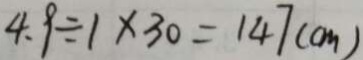
4 . 9 \div 1 \times 3 0 = 1 4 7 ( c m )